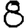
Digit: 8